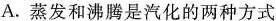
A.蒸发和沸腾是汽化的两种方式